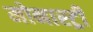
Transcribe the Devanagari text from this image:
मोनास्ट्री